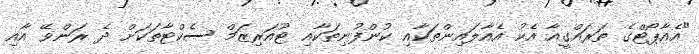
"އެއާޕޯޓްގެ ތަރައްގީއާ އެކު އެއާލައިންތަކާއި ކުންފުނިތަކާއި ޓޫއަރިޒަމް ސެކްޓާތަކަށް ދެ ރަންވޭ އާއި